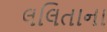
લલિતાના